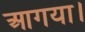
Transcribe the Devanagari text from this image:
आगया।